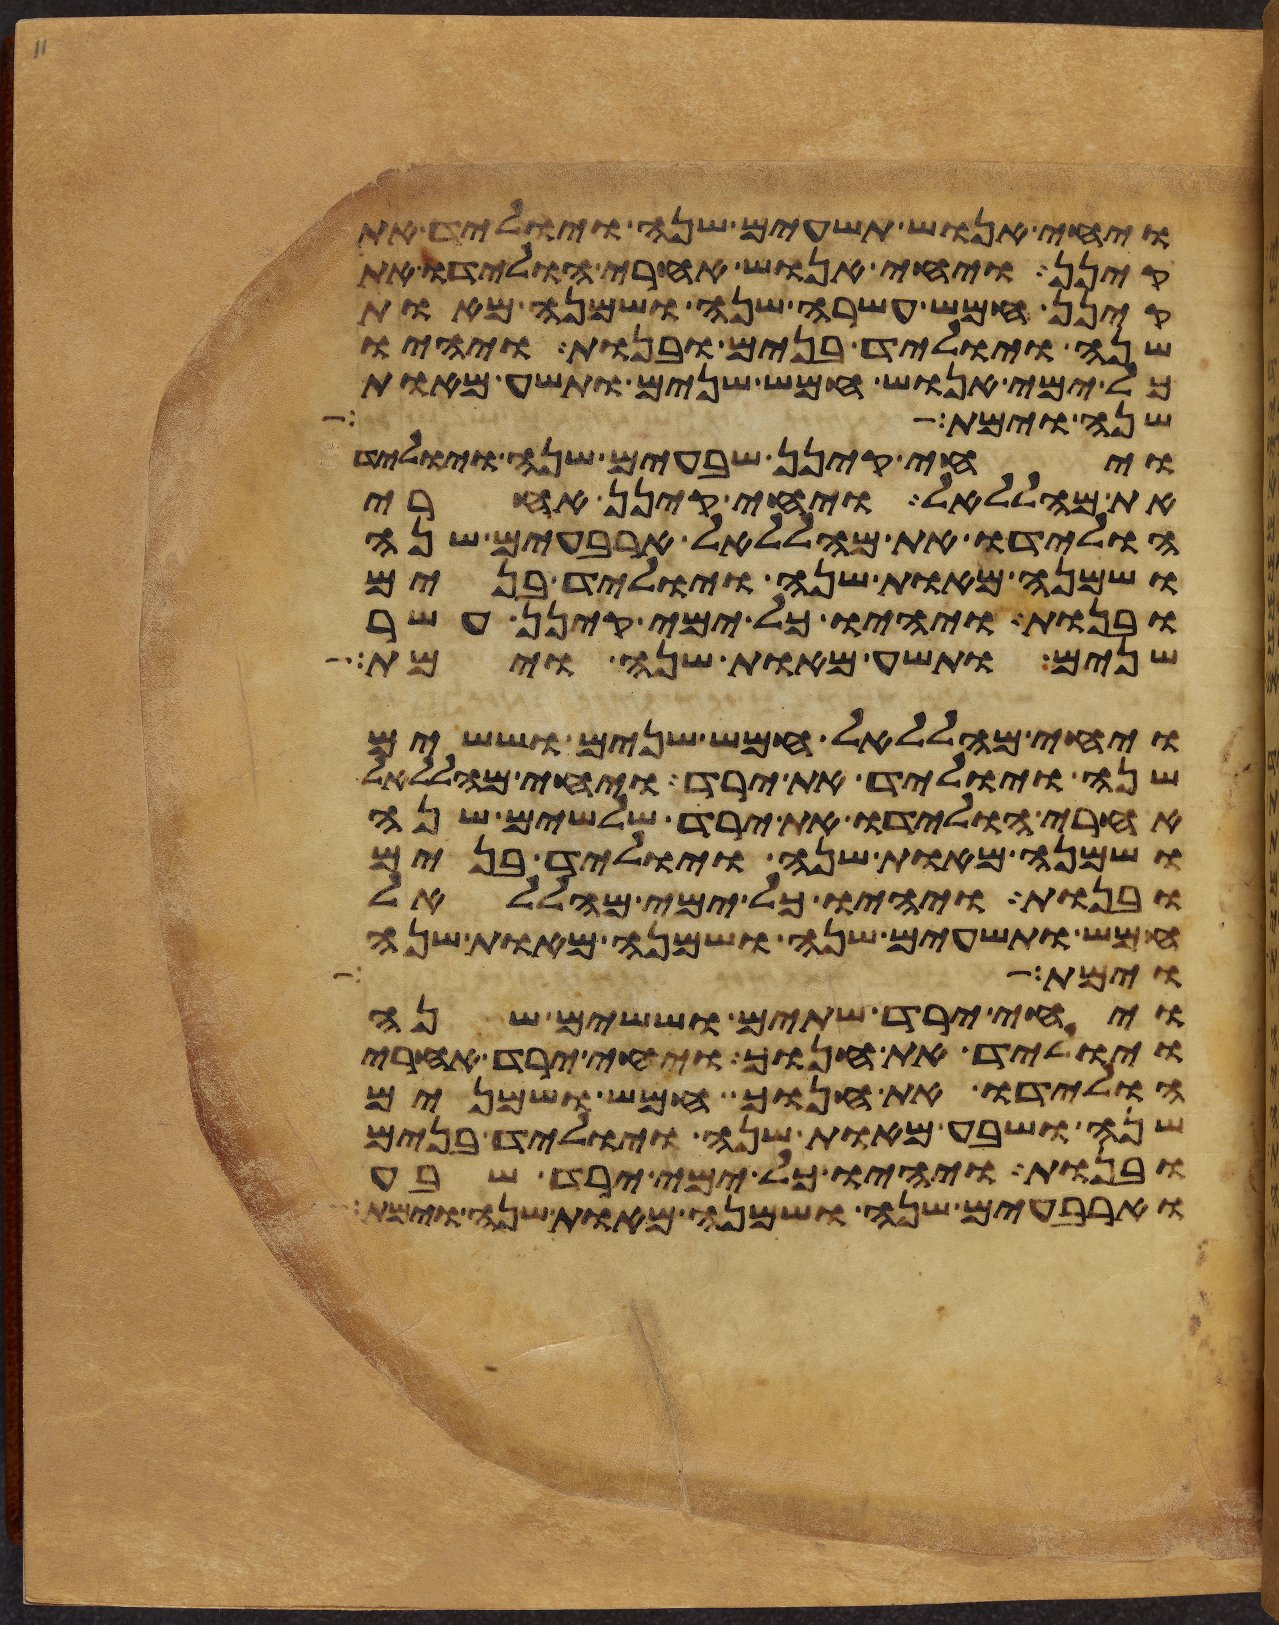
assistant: ויחי אנוש תשעים שנה ויוליד את
קינן ויחי אנוש אחרי הולידו את
קינן חמש עשרה שנה ושמנה מאות
שנה ויוליד בנים ובנות ויהיו
כל ימי אנוש חמש שנים ותשע מאות
שנה וימת
ויחי קינן שבעים שנה ויוליד
את מהללאל ויחי קינן אחרי
הולידו את מהללאל ארבעים שנה
ושמנה מאות שנה ויוליד בנים
ובנות ויהיו כל ימי קינן עשר
שנים ותשע מאות שנה וימת
ויחי מהללאל חמש שנים וששים
שנה ויוליד את ירד ויחי מהללאל
אחרי הולידו את ירד שלשים שנה
ושמנה מאות שנה ויוליד בנים
ובנות ויהיו כל ימי מהללאל
חמש ותשעים שנה ושמנה מאות שנה
וימת הרן
ויחי ירד שתים וששים שנה
ויוליד את חנוך ויחי ירד אחרי
הולידו את חנוך חמש ושמנים
שנה ושבע מאות שנה ויוליד בנים
ובנות ויהיו כל ימי ירד שבע
וארבעים שנה ושמנה מאות שנה וימת